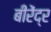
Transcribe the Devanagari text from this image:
बीरेंद्र